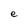
Character: e